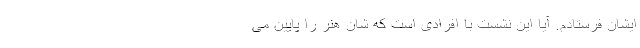
ایشان فرستادم. آیا این نشست با افرادی است که شان هنر را پایین می‌